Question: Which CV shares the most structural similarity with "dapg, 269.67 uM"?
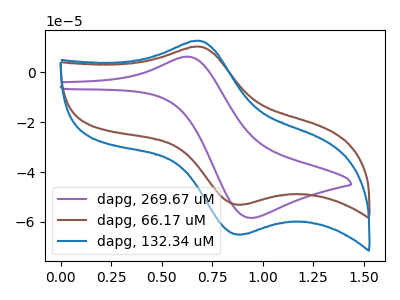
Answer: <think>The purple curve "dapg, 269.67 uM" has an anodic peak at (0.65V, 6.25uA) and a cathodic peak at (0.95V, -58.40uA). The brown curve "dapg, 66.17 uM" has an anodic peak at (0.70V, 10.30uA) and a cathodic peak at (0.90V, -53.05uA). The blue curve "dapg, 132.34 uM" has an anodic peak at (0.70V, 12.60uA) and a cathodic peak at (0.90V, -65.00uA).
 All the peaks in "dapg, 269.67 uM" have a peak in "dapg, 66.17 uM" at the same potential. All the peaks in "dapg, 269.67 uM" have a peak in "dapg, 132.34 uM" at the same potential. Every peak in "dapg, 269.67 uM" is lower than every peak in "dapg, 132.34 uM". All the peaks in "dapg, 66.17 uM" have a peak in "dapg, 132.34 uM" at the same potential. Every peak in "dapg, 66.17 uM" is lower than every peak in "dapg, 132.34 uM".</think>
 <answer>"dapg, 269.67 uM" and "dapg, 132.34 uM" have a similar shape to "dapg, 66.17 uM".</answer>
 <eval>"dapg, 269.67 uM" "dapg, 132.34 uM"</eval>